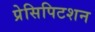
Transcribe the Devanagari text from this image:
प्रेसिपिटशन